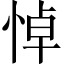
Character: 悼